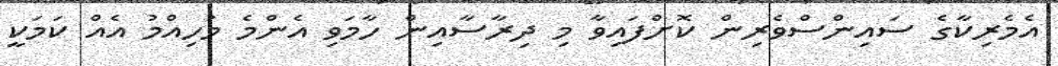
އެމެރިކާގެ ސައިންސްވެރިން ކޮށްފައިވާ މި ދިރާސާއިން ހާމަވި އެންމެ މުހިއްމު އެއް ކަމަކީ